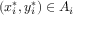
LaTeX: ( x _ { i } ^ { * } , y _ { i } ^ { * } ) \in A _ { i }